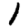
Digit: 1